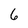
Character: 6